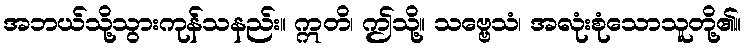
အဘယ်သို့သွားကုန်သနည်း။ ဣတိ၊ ဤသို့။ သဗ္ဗေသံ၊ အလုံးစုံသောသူတို့၏။